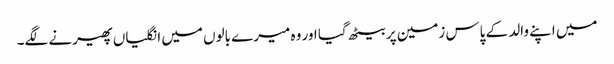
میں اپنے والد کے پاس زمین پر بیٹھ گیا اور وہ میرے بالوں میں انگلیاں پھیرنے لگے۔